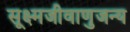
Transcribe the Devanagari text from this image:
सूक्ष्मजीवाणुजन्य